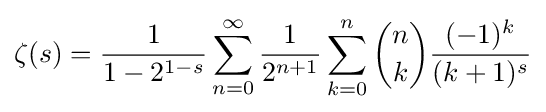
\zeta (s)={\frac {1}{1-2^{1-s}}}\sum _{n=0}^{\infty }{\frac {1}{2^{n+1}}}\sum _{k=0}^{n}{\binom {n}{k}}{\frac {(-1)^{k}}{(k+1)^{s}}}